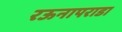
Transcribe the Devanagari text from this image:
रऊनापराडा